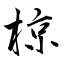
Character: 椋